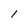
Character: l